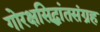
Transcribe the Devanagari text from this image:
गोरक्षसिद्धांतसंग्रह